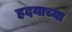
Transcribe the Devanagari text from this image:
हदयाच्या